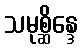
သမုစ္ဆိန္ဒေ